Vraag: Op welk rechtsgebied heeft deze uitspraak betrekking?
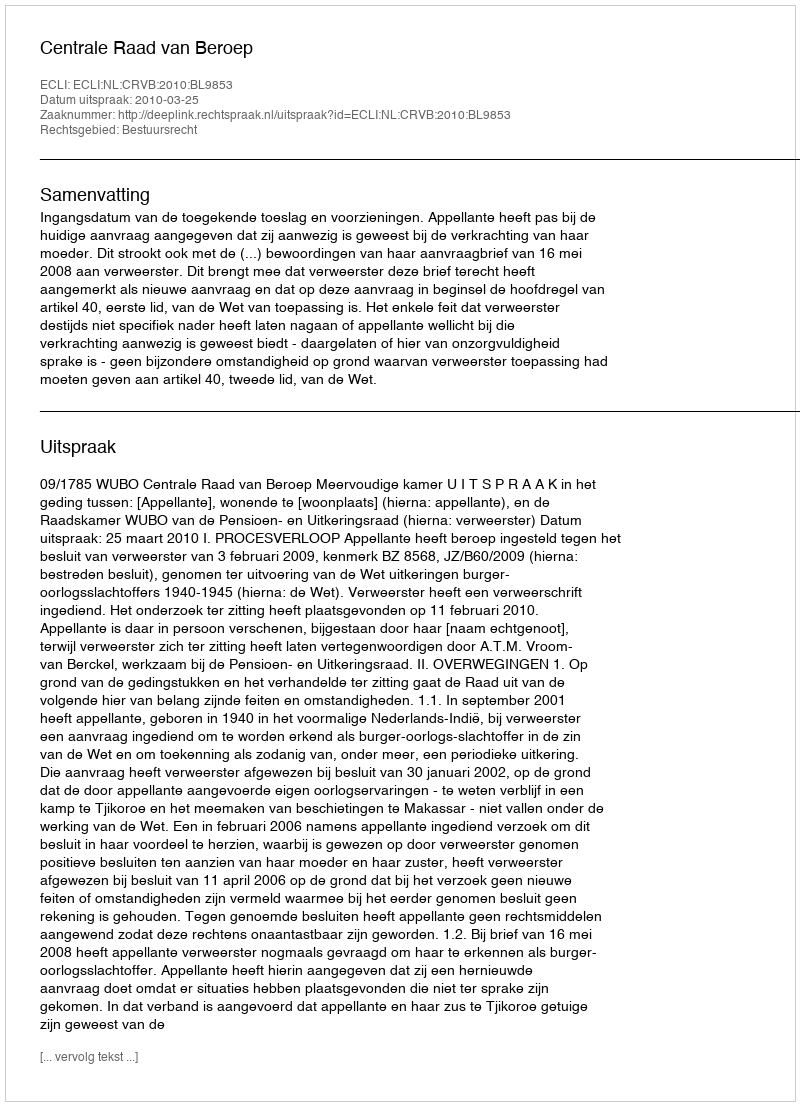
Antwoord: Bestuursrecht